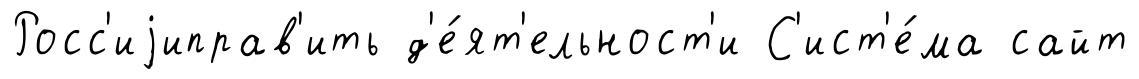
Росс'иjиправ'ить д'е́ят'ельност'и С'ист'е́ма сайт